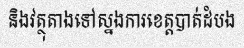
និងវត្ថុតាងទៅស្នងការខេត្តបាត់ដំបង